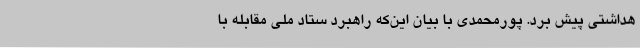
هداشتی پیش برد. پورمحمدی با بیان این‌که راهبرد ستاد ملی مقابله با